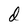
Character: d